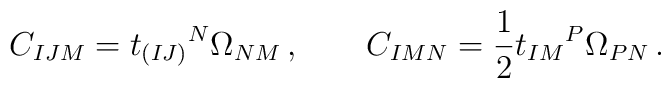
C_{IJM}= t_{(IJ)}{}^N \Omega_{NM}\,, \qquad C_{IMN}=\frac 12 t_{IM}{}^P\Omega _{PN}\,.